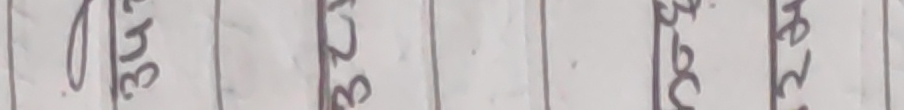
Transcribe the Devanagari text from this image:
३५० बुढा